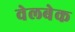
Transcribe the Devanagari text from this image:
वेलबेक